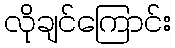
လိုချင်ကြောင်း